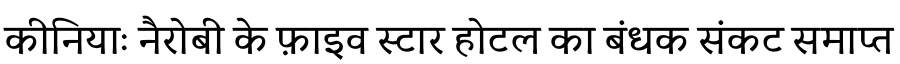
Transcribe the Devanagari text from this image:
कीनियाः नैरोबी के फ़ाइव स्टार होटल का बंधक संकट समाप्त